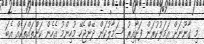
މި ގާނޫނަށް އަމަލުކުރަން ފަށާއިރު ސަމާލުކަން ދޭންޖެހޭ މުހިންމު އެހެން ކަންތައްތަކެއް އެބަ